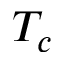
T _ { c }